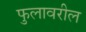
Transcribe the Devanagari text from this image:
फुलावरील